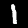
Digit: 1